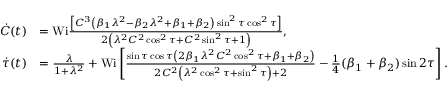
\begin{array} { r l } { \dot { C } ( t ) } & { = \mathrm { W i } \frac { \left[ C ^ { 3 } \left( \beta _ { 1 } \lambda ^ { 2 } - \beta _ { 2 } \lambda ^ { 2 } + \beta _ { 1 } + \beta _ { 2 } \right) \sin ^ { 2 } \tau \cos ^ { 2 } \tau \right] } { 2 \left( \lambda ^ { 2 } C ^ { 2 } \cos ^ { 2 } \tau + C ^ { 2 } \sin ^ { 2 } \tau + 1 \right) } , } \\ { \dot { \tau } ( t ) } & { = \frac { \lambda } { 1 + \lambda ^ { 2 } } + \mathrm { W i } \left[ \frac { \sin \tau \cos \tau \left( 2 \beta _ { 1 } \lambda ^ { 2 } C ^ { 2 } \cos ^ { 2 } \tau + \beta _ { 1 } + \beta _ { 2 } \right) } { 2 C ^ { 2 } \left( \lambda ^ { 2 } \cos ^ { 2 } \tau + \sin ^ { 2 } \tau \right) + 2 } - \frac { 1 } { 4 } ( \beta _ { 1 } + \beta _ { 2 } ) \sin 2 \tau \right] . } \end{array}